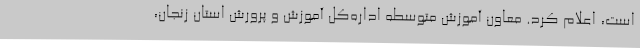
است، اعلام کرد. معاون آموزش متوسطه اداره‌کل آموزش و پرورش استان زنجان،